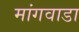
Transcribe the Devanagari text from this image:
मांगवाडा